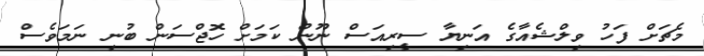
މެޗަށް ފަހު ވިލްޝެއާގެ އަނިޔާ ސީރިއަސް ނޫން ކަމަށް ހޮޖްސަން ބުނި ނަމަވެސް